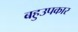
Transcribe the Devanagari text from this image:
बहुउपकार